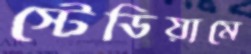
স্টেডিয়ামে